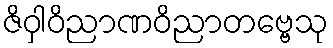
ဇိဝှါဝိညာဏဝိညာတဗ္ဗေသု